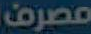
مصرف